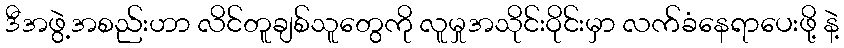
ဒီအဖွဲ့အစည်းဟာ လိင်တူချစ်သူတွေကို လူမှုအသိုင်းဝိုင်းမှာ လက်ခံနေရာပေးဖို့ နဲ့